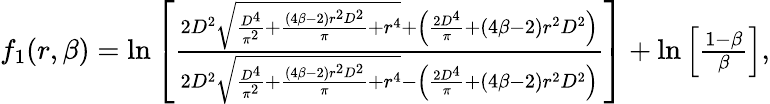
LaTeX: \begin{array}{r}{f_{1}(r,\beta)=\ln\left[\frac{2D^{2}\sqrt{\frac{D^{4}}{\pi^{2}}+\frac{\left(4\beta-2\right)r^{2}D^{2}}{\pi}+r^{4}}+\left(\frac{2D^{4}}{\pi}+\left(4\beta-2\right)r^{2}D^{2}\right)}{2D^{2}\sqrt{\frac{D^{4}}{\pi^{2}}+\frac{\left(4\beta-2\right)r^{2}D^{2}}{\pi}+r^{4}}-\left(\frac{2D^{4}}{\pi}+\left(4\beta-2\right)r^{2}D^{2}\right)}\right]+\ln\left[\frac{1-\beta}{\beta}\right],}\end{array}